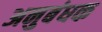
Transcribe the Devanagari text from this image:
अनुबंधक